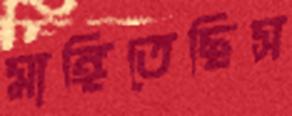
মাঙ্গিতেছিস